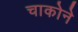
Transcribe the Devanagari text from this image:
चाकोने